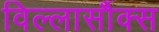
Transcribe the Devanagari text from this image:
विल्लार्सौक्स